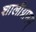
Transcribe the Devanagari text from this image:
शालीग्रामम्